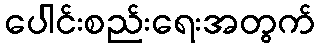
ပေါင်းစည်းရေးအတွက်